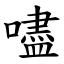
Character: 嚍